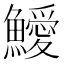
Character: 鱫